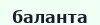
баланта